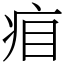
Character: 㾇